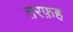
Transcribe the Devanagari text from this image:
तरफ़ह